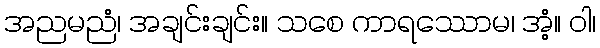
အညမညံ၊ အချင်းချင်း။ သစေ ကာရဿောမ၊ အံ့။ ဝါ၊